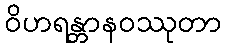
ဝိဟရန္တာနဝဿုတာ